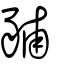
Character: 豧